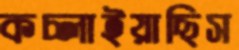
কচ্‌লাইয়াছিস